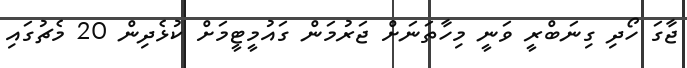
ޖާގަ ހޯދި ގިނަބްރީ ވަނީ މިހާތަނަށް ޖަރުމަން ގައުމީޓީމަށް ކުޅެދިން 20 މެޗުގައި